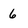
Character: 6